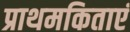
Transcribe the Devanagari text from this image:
प्राथमकिताएं